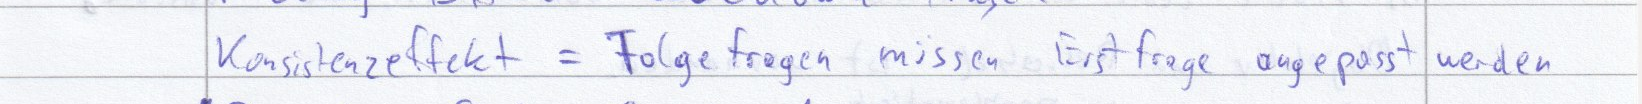
Konsistenzeffekt = Folgefragen müssen Erstfrage angepasst werden